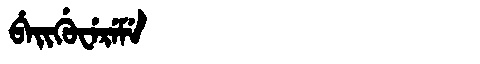
Manchu: ᠪᡝᡳᡤᡠᠸᡝᡵᡝᠮᡝ
Romanization: BEIGUWEREME